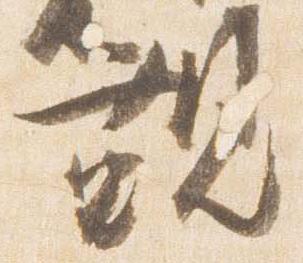
観